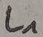
Text: L1